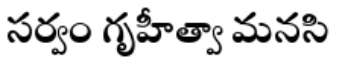
సర్వం గృహీత్వా మనసి